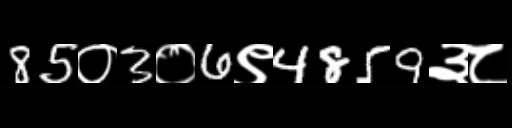
Text: 85०3०6९4859३८